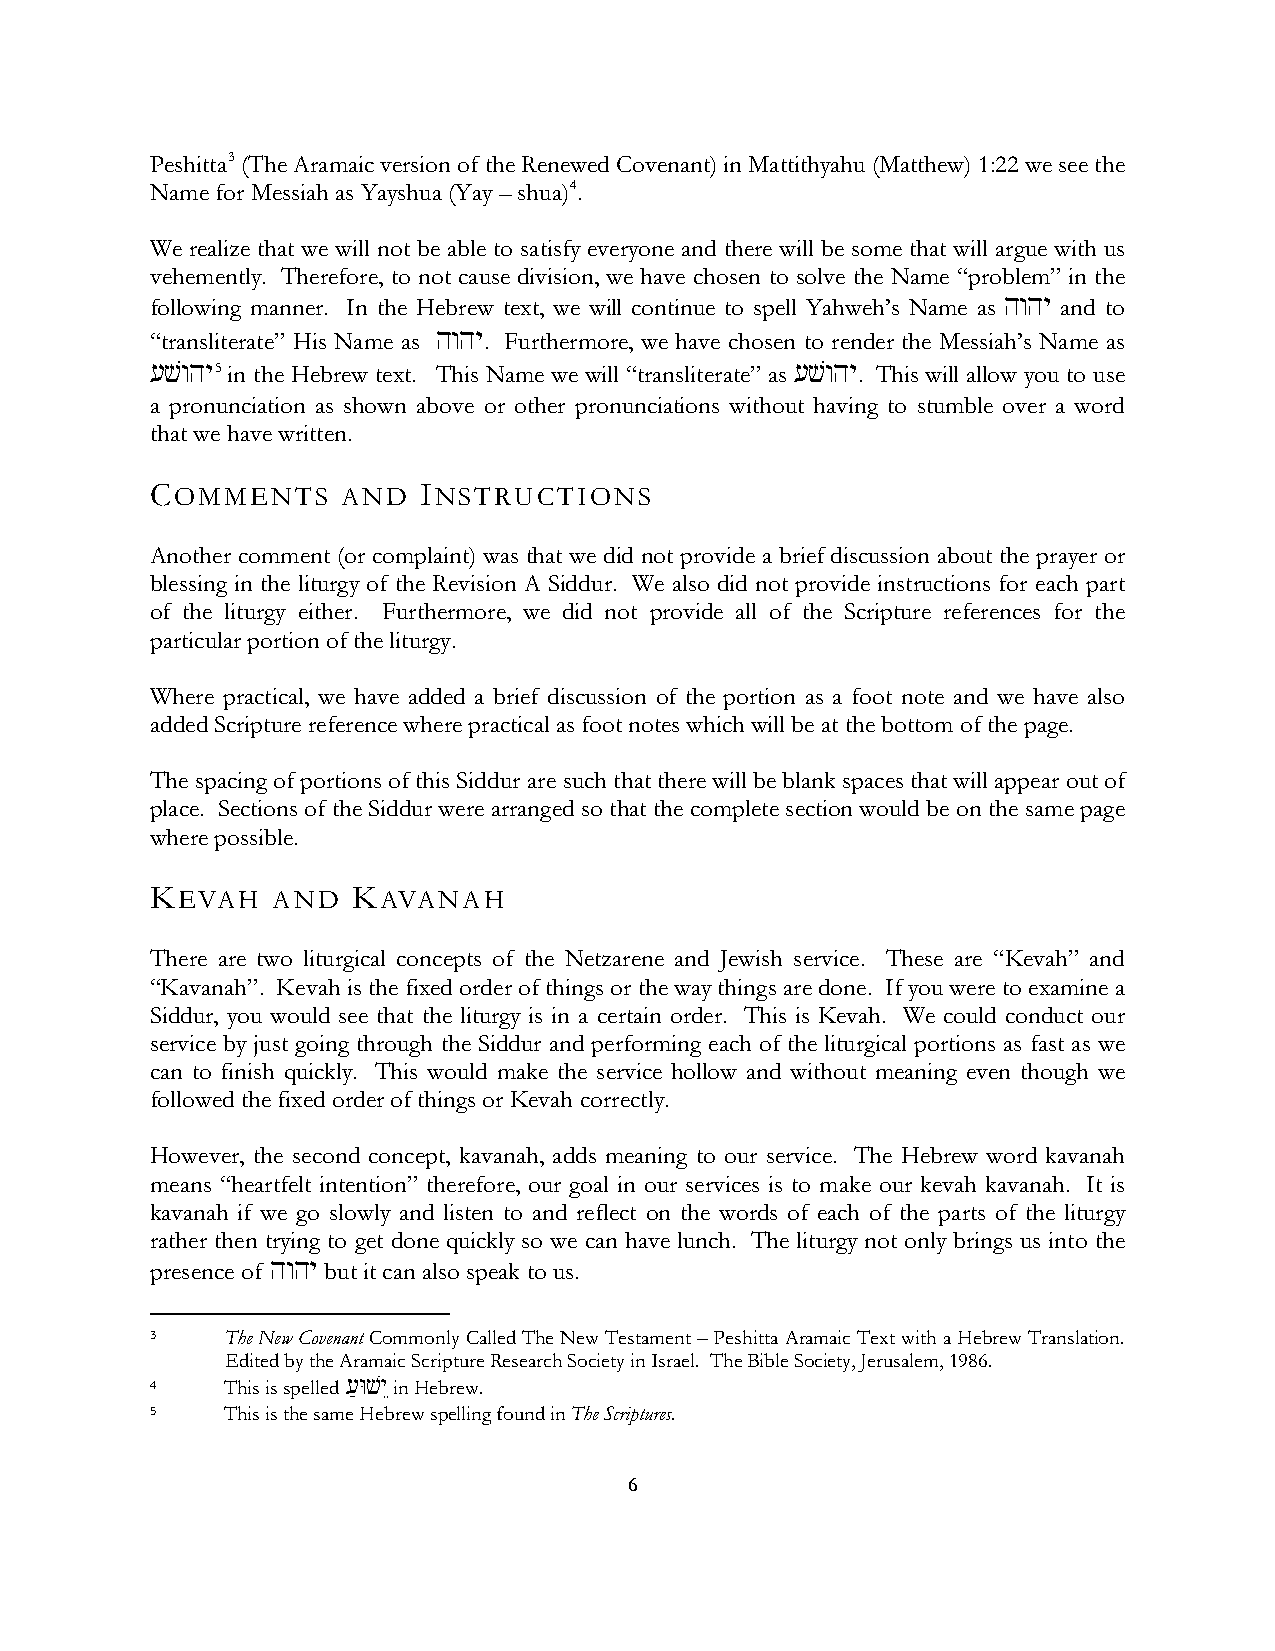
Peshitta3 (The Aramaic version of the Renewed Covenant) in Mattithyahu (Matthew) 1:22 we see the
 Name for Messiah as Yayshua (Yay – shua)4.
 We realize that we will not be able to satisfy everyone and there will be some that will argue with us
 vehemently. Therefore, to not cause division, we have chosen to solve the Name “problem” in the
 following manner. In the Hebrew text, we will continue to spell Yahweh’s Name as hwhy and to
 “transliterate” His Name as hwhy. Furthermore, we have chosen to render the Messiah’s Name as
 [vwhy5 in the Hebrew text. This Name we will “transliterate” as [vwhy. This will allow you to use
 a pronunciation as shown above or other pronunciations without having to stumble over a word
 that we have written.
 COMMENTS     AND  INSTRUCTIONS
 Another comment (or complaint) was that we did not provide a brief discussion about the prayer or
 blessing in the liturgy of the Revision A Siddur. We also did not provide instructions for each part
 of the liturgy either. Furthermore, we did not provide all of the Scripture references for the
 particular portion of the liturgy.
 Where practical, we have added a brief discussion of the portion as a foot note and we have also
 added Scripture reference where practical as foot notes which will be at the bottom of the page.
 The spacing of portions of this Siddur are such that there will be blank spaces that will appear out of
 place. Sections of the Siddur were arranged so that the complete section would be on the same page
 where possible.
 KEVAH   AND  KAVANAH
 There are two liturgical concepts of the Netzarene and Jewish service. These are “Kevah” and
 “Kavanah”. Kevah is the fixed order of things or the way things are done. If you were to examine a
 Siddur, you would see that the liturgy is in a certain order. This is Kevah. We could conduct our
 service by just going through the Siddur and performing each of the liturgical portions as fast as we
 can to finish quickly. This would make the service hollow and without meaning even though we
 followed the fixed order of things or Kevah correctly.
 However, the second concept, kavanah, adds meaning to our service. The Hebrew word kavanah
 means “heartfelt intention” therefore, our goal in our services is to make our kevah kavanah. It is
 kavanah if we go slowly and listen to and reflect on the words of each of the parts of the liturgy
 rather then trying to get done quickly so we can have lunch. The liturgy not only brings us into the
 presence of hwhy but it can also speak to us.
 3    The New Covenant Commonly Called The New Testament – Peshitta Aramaic Text with a Hebrew Translation.
 Edited by the Aramaic Scripture Research Society in Israel. The Bible Society, Jerusalem, 1986.
 4    This is spelled ['WvyE in Hebrew.
 5    This is the same Hebrew spelling found in The Scriptures.
 6